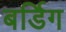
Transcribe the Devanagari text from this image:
बर्डिग